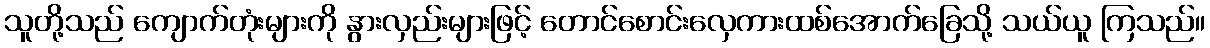
သူတို့သည် ကျောက်တုံးများကို နွားလှည်းများဖြင့် တောင်စောင်းလှေကားထစ်အောက်ခြေသို့ သယ်ယူ ကြသည်။